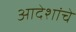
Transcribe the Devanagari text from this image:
आदेशांचे